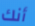
أنك